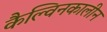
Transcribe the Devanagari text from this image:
कैल्विनकालीन